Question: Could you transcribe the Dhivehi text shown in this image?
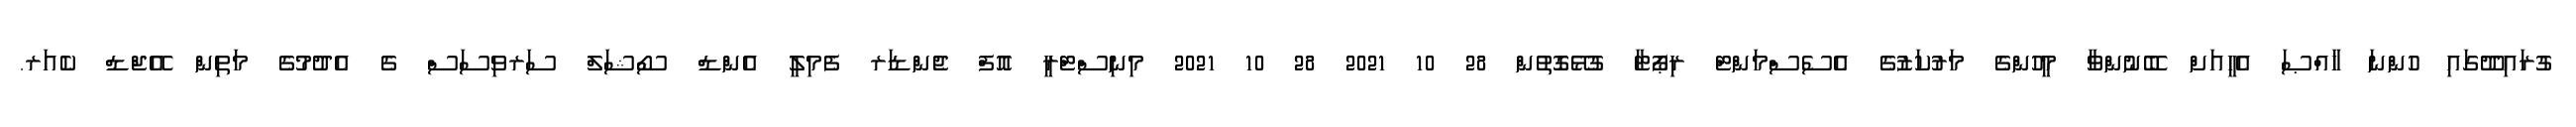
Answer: ގުރައިދޫގައި ހުންނަ ޚާއްޞަ އެހީއަށް ބޭނުންވާ މީހުންގެ މަރުކަޒުގެ އެސެސްމަންޓް ރިޕޯޓާ ގުޅޭގޮތުން 28 10 2021 28 10 2021 މިނިސްޓްރީ އޮފް ޖެންޑަރ ފެމިލީ އެންޑް ސޯޝަލް ސަރވިސަސް ގެ އެދުމުގެ މަތިން އޭޖްޑް ކެއަރ.